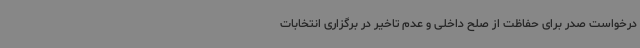
درخواست صدر برای حفاظت از صلح داخلی و عدم تاخیر در برگزاری انتخابات